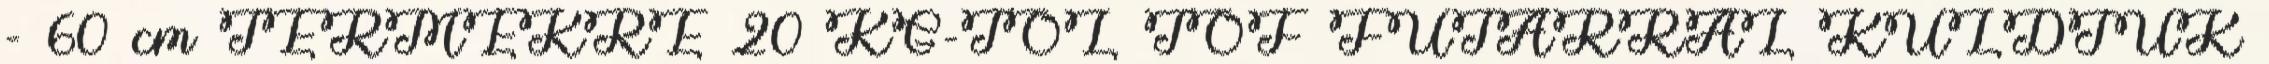
- 60 cm TERMÉKRE 20 KG-TŐL TOF FUTÁRRAL KÜLDJÜK